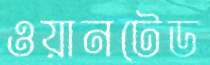
ওয়ানটেড